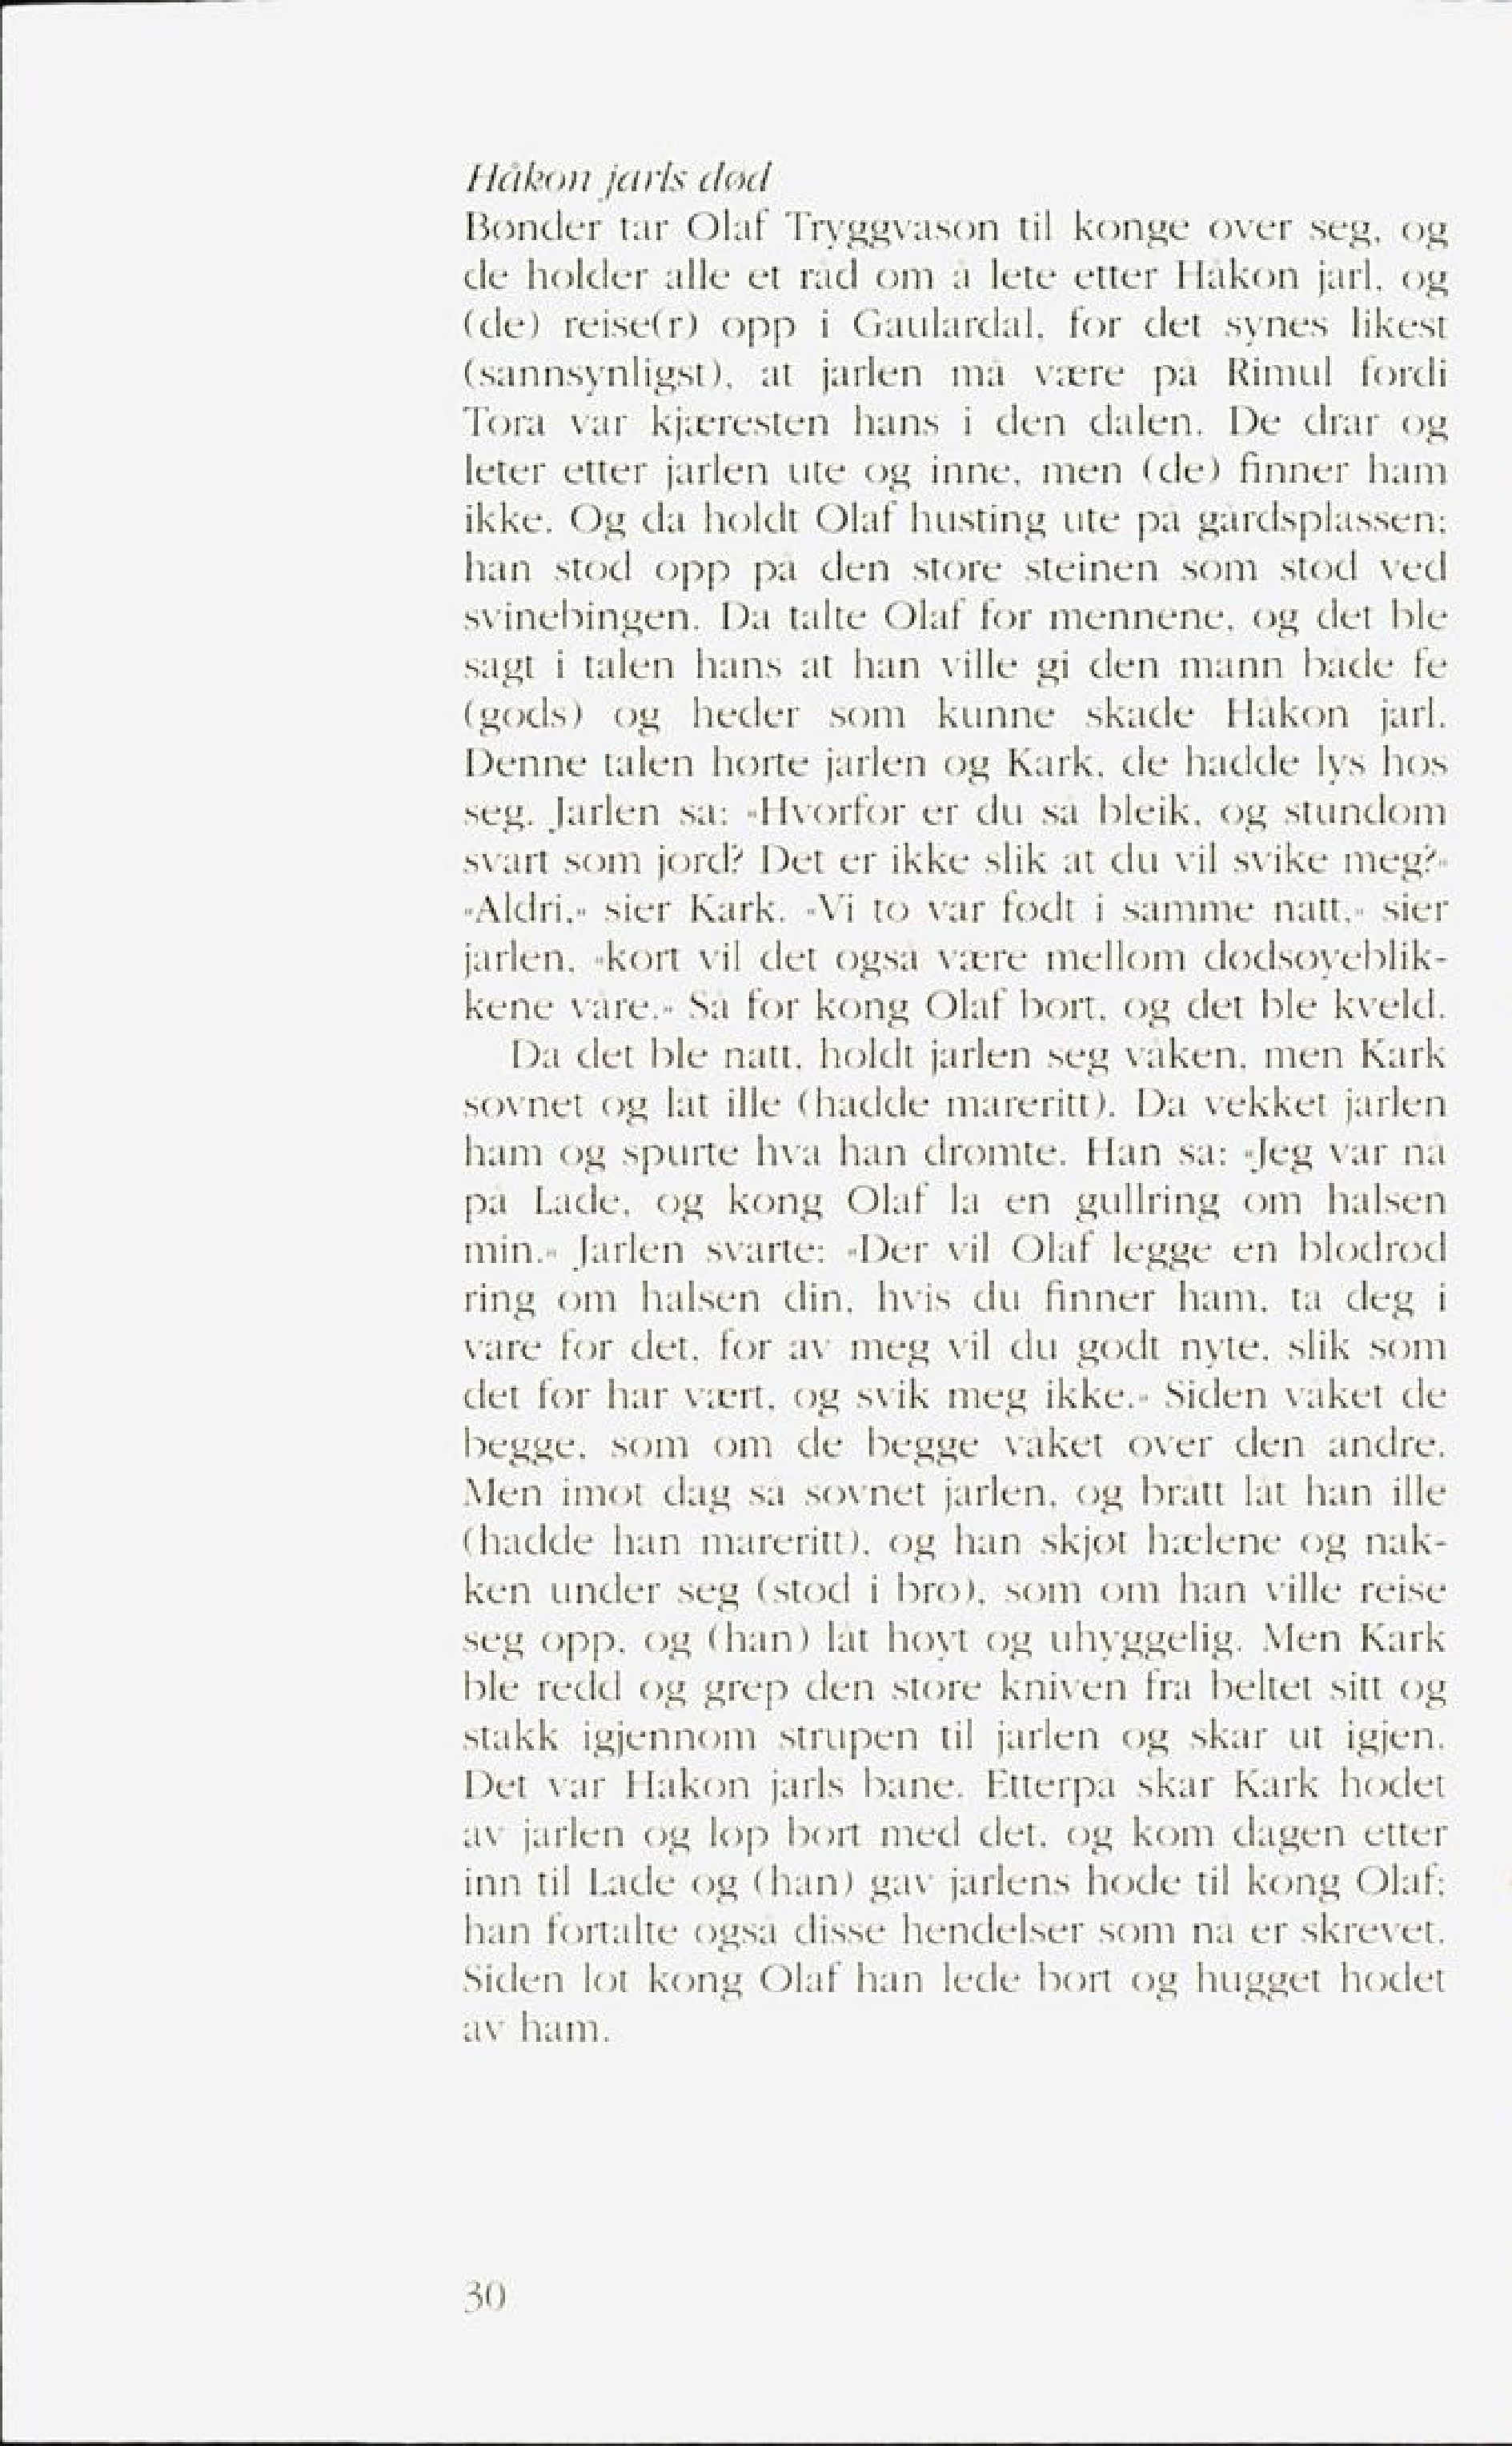
Language: no